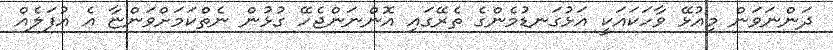
ދަންނަވަން މިއުޅޭ ވާހަކައަކީ އަޅުގަނޑުމެންގެ ތެރޭގައި އޮންނަންޖެހޭ ގުޅުން ނެތްކަމަށްވަންޏާ އެ އުފަލެއް